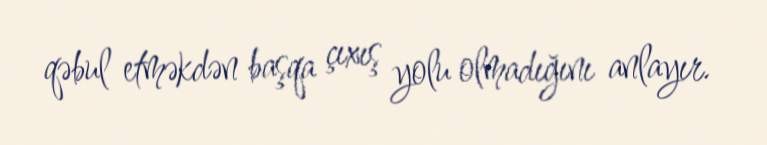
qəbul etməkdən başqa çıxış yolu olmadığını anlayır.